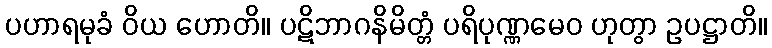
ပဟာရမုခံ ဝိယ ဟောတိ။ ပဋိဘာဂနိမိတ္တံ ပရိပုဏ္ဏမေဝ ဟုတွာ ဥပဋ္ဌာတိ။